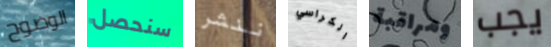
الوضوح سنحصل ننشر الكراسي ومراقبة يجب